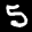
Label: 5